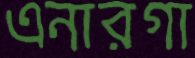
এনারগা